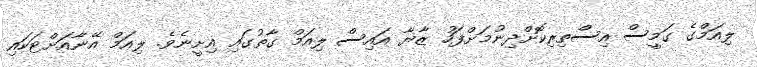
ލިއަމްގެ ގަމީސް އިސްތިރިކޮށްދިނުމަށްފަހު ޒާޔާ އައިސް ލިއަމް ގާތުގައި އިށީނެވެ. ލިއަމް އޭނާއަށްޓަކައި